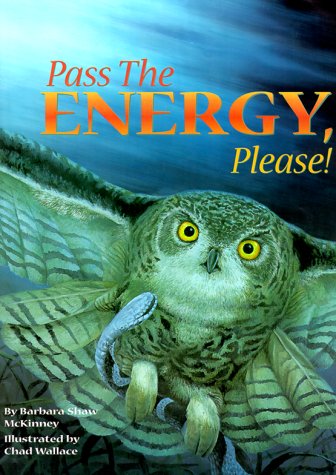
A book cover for Pass the Energy, Please!; Barbara Shaw McKinney; Children's Books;